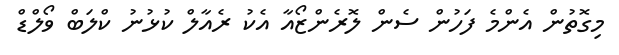
މިގޮތުން އެންމެ ފަހުން ސެން ލޮރެންޒޯއާ އެކު ރެއާލް ކުޅުނު ކްލަބް ވޯލްޑް